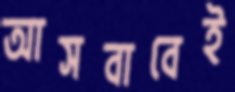
আসবাবেই